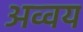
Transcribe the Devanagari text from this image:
अव्वय